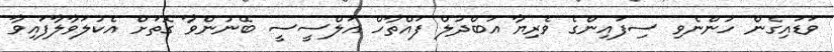
ވަޑައިގެން ހުންނެވި ސިފައިންގެ ވެރިޔާ އަބްދުލް ފައްތާހް އަލްސީސީ ބޭނުންވާ ގޮތަށް އެކުލަވާލާފައިވާ